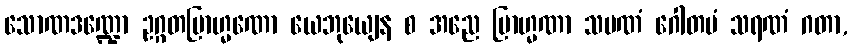
သောဏဒဏ္ဍော ဥဂ္ဂတဗြာဟ္မဏော ယေဘုယျေန စ အညေ ဗြာဟ္မဏာ သမဏံ ဂေါတမံ သရဏံ ဂတာ,